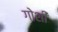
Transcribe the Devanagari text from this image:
गोशी